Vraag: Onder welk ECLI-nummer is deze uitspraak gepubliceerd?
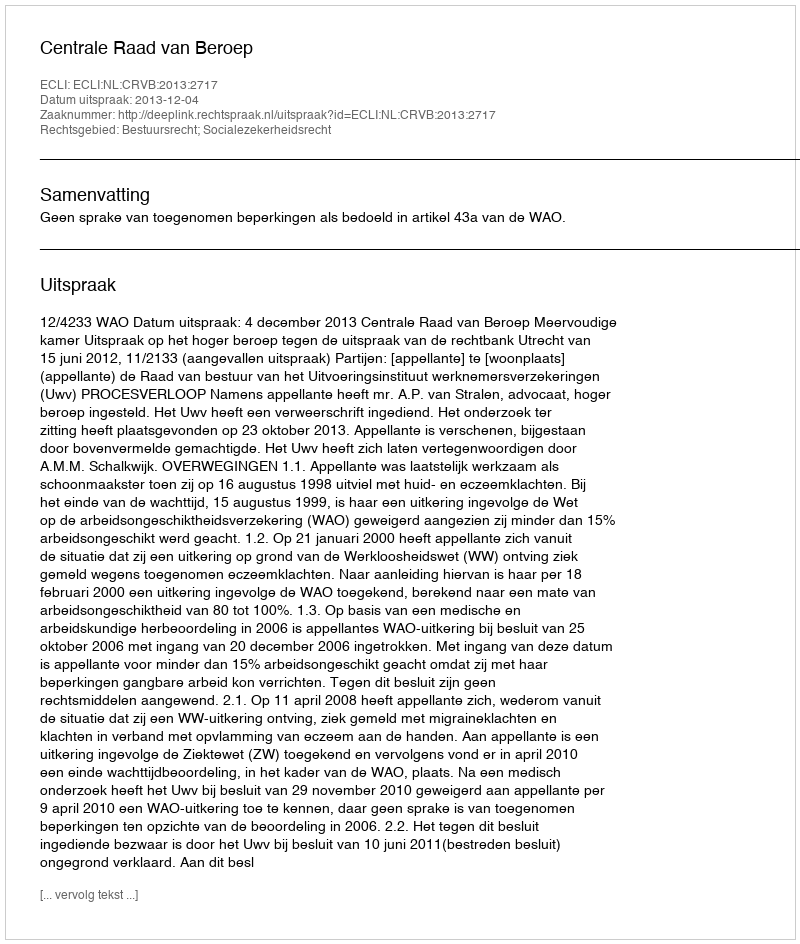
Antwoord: ECLI:NL:CRVB:2013:2717